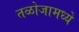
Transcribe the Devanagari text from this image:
तळोजामध्ये